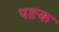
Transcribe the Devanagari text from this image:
पङक